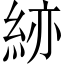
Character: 𥿹